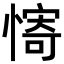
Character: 𫻀